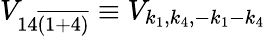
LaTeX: V_{14\overline{{(1+4)}}}\equiv V_{k_{1},k_{4},-k_{1}-k_{4}}